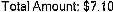
TOTAL AMOUNT: $7.10